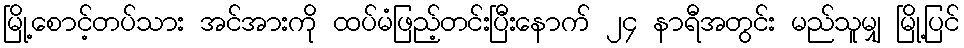
မြို့စောင့်တပ်သား အင်အားကို ထပ်မံဖြည့်တင်းပြီးနောက် ၂၄ နာရီအတွင်း မည်သူမျှ မြို့ပြင်